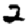
Digit: 2